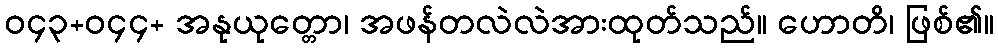
ဝ၄၃+ဝ၄၄+ အနုယုတ္တော၊ အဖန်တလဲလဲအားထုတ်သည်။ ဟောတိ၊ ဖြစ်၏။